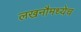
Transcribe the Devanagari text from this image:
लखनौमध्येच